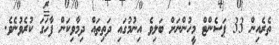
ތެރެއިން 33 ޕަސެންޓް މީހުންނަށް ބަލިވެ އިނުމުގައި ދަތިތައް ދިމާވިކަން ފާހަގަ ކުރެވުނެވެ.